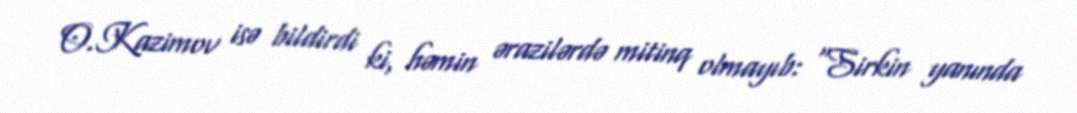
O.Kazimov isə bildirdi ki, həmin ərazilərdə mitinq olmayıb: “Sirkin yanında